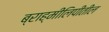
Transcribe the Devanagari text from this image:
ब्राह्मीलिपीतील